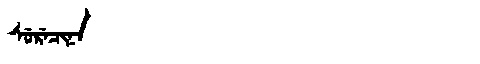
Manchu: ᠰᡠᡵᡝᠴᡳᠨᠠ
Romanization: SURECINA